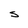
Character: S